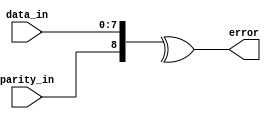
`timescale 1ns / 1ps

module even_parity_checker(
  input wire [7:0] data_in,
  input wire parity_in,
  output wire error
);

assign error = ^({parity_in, data_in});

endmodule